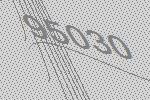
95030